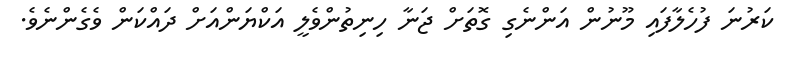
ކަރުނަ ފުހެލާފައި މޫނުން އަންނެގި ގޮތަށް ޖަނާ ހިނިތުންވެލީ އަކްޔަންއަށް ދައްކަން ވެގެންނެވެ.